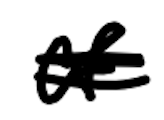
Text: of
Cross-out: scratch
Writing tool: digital_black